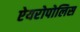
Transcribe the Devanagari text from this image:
ऐयरोपोलिस